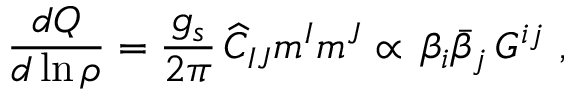
{ \frac { d { Q } } { d \ln { \rho } } } = { \frac { g _ { s } } { 2 \pi } } \, { \widehat C _ { I J } m ^ { I } m ^ { J } } \propto \, { \beta _ { i } \bar { \beta } _ { j } \, G ^ { i j } } ~ ,